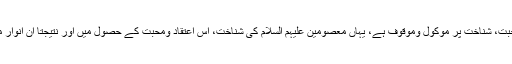
اور جبکہ اطاعت، اعتقاد پر اور اعتقاد، محبت پر اور محبت، شناخت پر موکول وموقوف ہے، یہاں معصومین علیہم السلام کی شناخت، اس اعتقاد ومحبت کے حصول میں اور نتیجتاً ان انوار مقدسہ کی اطاعت کی راہ میں موثر وکارساز ثابت ہوگی۔